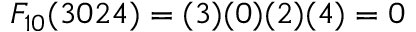
F _ { 1 0 } ( 3 0 2 4 ) = ( 3 ) ( 0 ) ( 2 ) ( 4 ) = 0